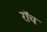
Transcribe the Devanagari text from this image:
रॉच